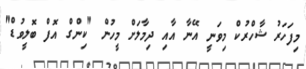
މިފަހަރު ޝާހްރުކް މިވަނީ އޭނާ އާއި ދިމާލަށް މީހުން "ކިންގް އޮފް ބޮލީވުޑް"